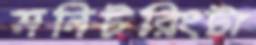
মনিটরিংটা